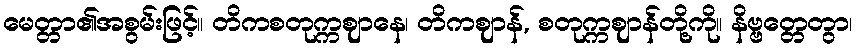
မေတ္တာ၏အစွမ်းဖြင့်။ တိကစတုက္ကဈာနေ၊ တိကဈာန်, စတုက္ကဈာန်တို့ကို။ နိဗ္ဗတ္တေတွာ၊